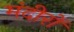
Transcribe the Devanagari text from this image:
मंदीरों